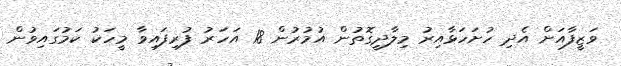
ވަޒީފާއަށް އެދި ހުށަހަޅާއިރު މިލާދީގޮތުން އުމުރުން 18 އަހަރު ފުރިފައިވާ މީހަކު ކަމުގައިވުން